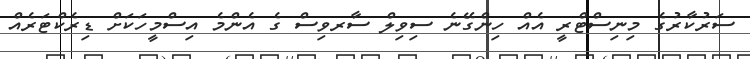
ސަރުކާރުގެ މިނިސްޓްރީ އެއް ހިންގޭނެ ސިވިލް ސާރވިސް ގެ އެންމެ އިސްމީހަކަށް ޑިރެކްޓަރެއް